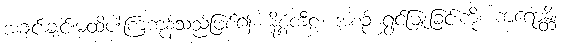
အချင်းချင်းမထိပါးကြကုန်သည်ဖြစ်၍။ နိစ္စံကီဠံ၊ အစဉ် ရွှင်မြူးခြင်းကို။ ကရောန္တိ၊